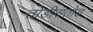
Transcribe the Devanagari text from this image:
तोडीसतोड